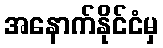
အနောက်နိုင်ငံမှ